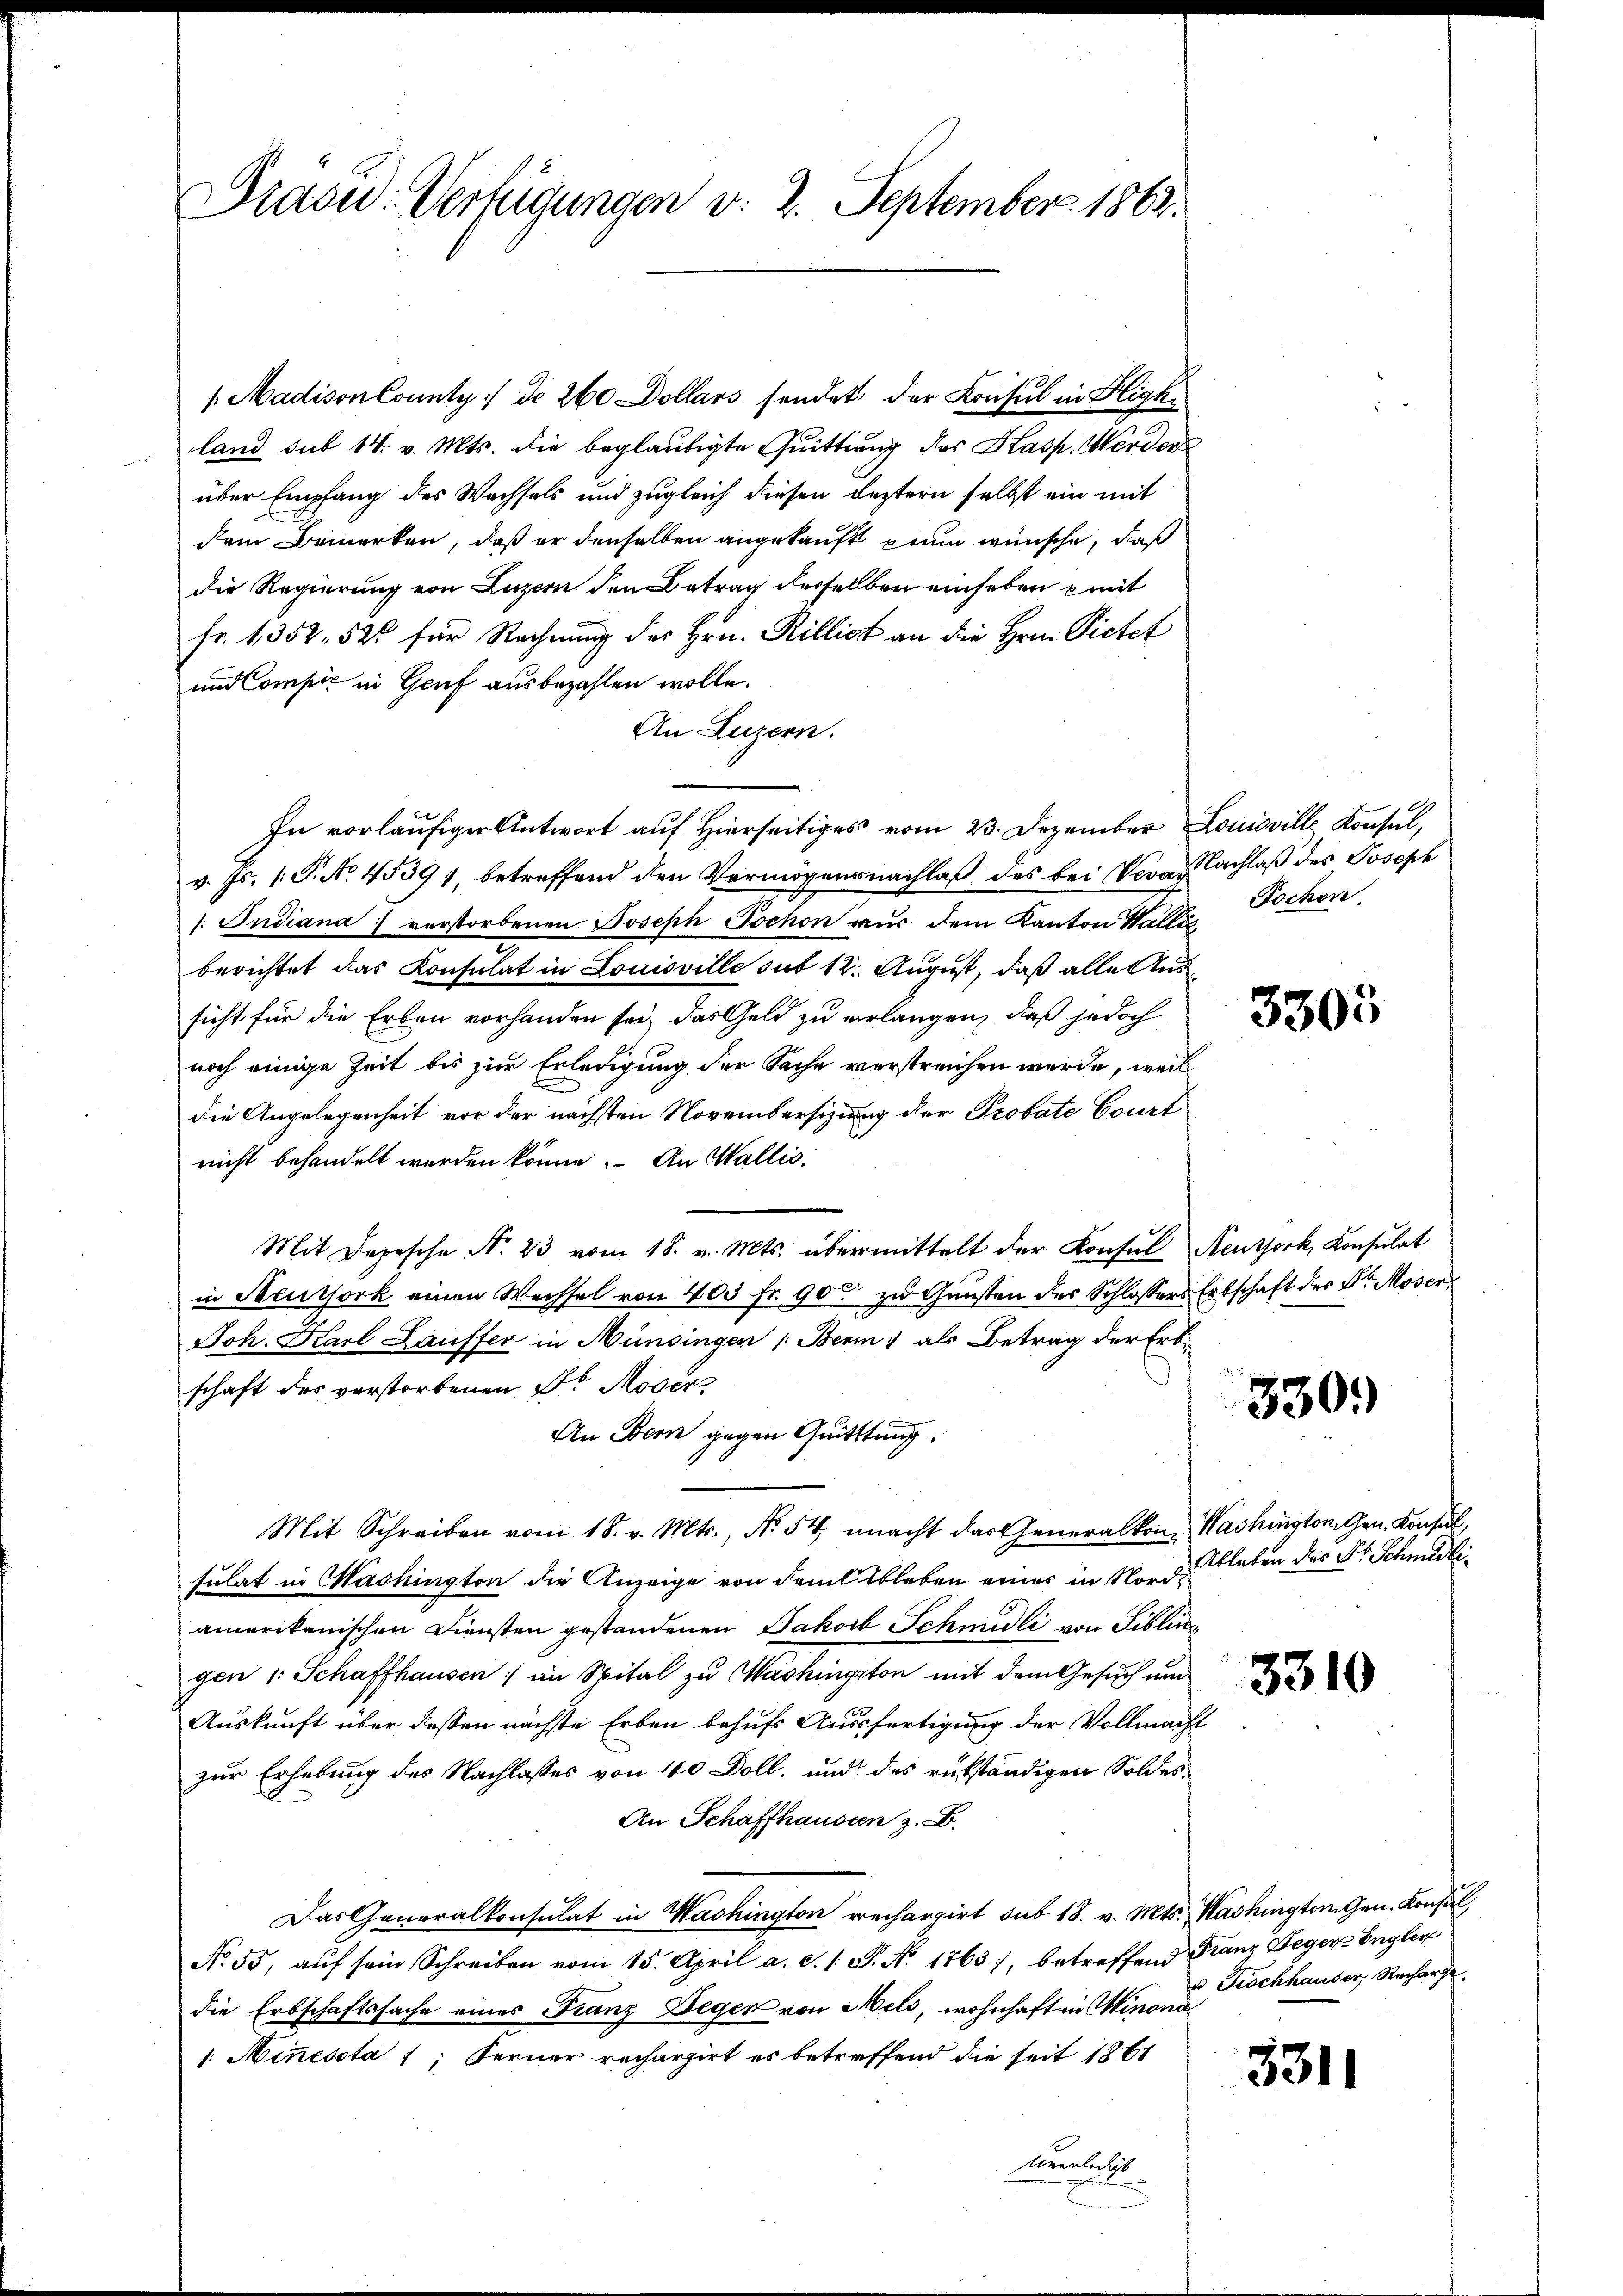
Präsid. Verfügungen v. 2. September 1862.

/Madison County :/ de 260 Dollars sendet der Konsul in Bligke
land sub 14. v. Mts. die beglaubigte Quittung des Kasp. Werdent
über Empfang des Wachsels und zugleich diesen leztern selbst ein mit
dem Bemerken, daß er denselben angekauft zum wünsche, daß
die Regierung von Luzern den Betrag derselben einheben mit
fr. 1352. 526 für Rechnung des Hrn. Rilligt an die Hrn. Pietet
und Compić in Genf ausbezahlen wolle.
An Luzern.
In vorläufiger Antwort auf Hierseitiges vom 23. Dezember Louisville Konsul,
v. Js. 1. P. No. 4539), betreffend den Vermögensnachlaß des bei Veran Nachlaß des Joseph
s. Indiana verstorbenen Joseph Tochon aus dem Kanton Wallis,
berichtet das Konsulat in Louisville sub 12. August, daß alle Ans
sicht für die Erben vorhanden sei, das Geld zu verlangen, daß jedoch
noch einige Zeit bis zur Erledigung der Sache verstreichen werde, weil
die Angelegenheit vor der nächsten Novembersizung der Probate Court
nicht behandelt werden könne. An Wallis.
Mit Depesche N. 23 vom 18. v. Mts. übermittelt der Konsul Neuthork, Konsulat
in Mentork einen Wechsel von 400 fr. 90 zu Gunsten des Schlossers Erbschaft des Dr. Moser
Joh. Karl Lauffer in Münsingen (Bern) als Betrag der Erbschaft des verstorbenen Dr. Mosers
An Bern gegen Quitttung.
Mit Schreiben vom 18. v. Mts., Nr. 54, macht das Generalkon, Washingtonchen Konsul,
sulat in Washington die Anzeige von dem Ableben einer in Nordamerikanischen Diensten gestandenen Jakob Schmidli von Siblica
gen (: Schaffhausen; im Spital zu Washingston mit dem Gesuch und
Auskunft über dessen nächste Erben behufs Ausfertigung der Vollmacht
zur Erhebung des Nachlasses von 40 Doll, und des rükständigen Soldes¬
An Schaffhaussen z. B.
Das Generalkonsulat in Washington rechargirt sub 18. v. Mts. Washingtonten. Konsul,
No. 55, aŭf sein Schreiben vom 15. April a. d. 1. P. Nr. 1763), betreffend Franz Heger Engler
die Erbschaftssache eines Franz Degen von Meld, wohnhaft ein Winona
1. Minesota 1; ferner rechargirt es betreffend die seit 1861
irenteilich

Jochen.

3305

330.)

Ableben des Dr. Schmidli

3310

Fischhauser, Recharge

3311